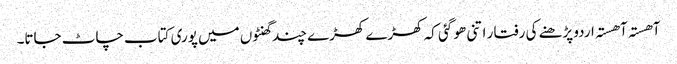
آھستہ آھستہ اردو پڑھنے کی رفتا ر اتنی ھو گئی کہ کھڑے کھڑے چند گھنٹوں میں پوری کتاب چاٹ جاتا۔